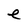
Character: e